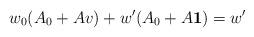
LaTeX: \begin{align*} w_0(A_0+A v)+w'(A_0+A \mathbf{1})=w'\end{align*}